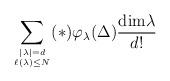
LaTeX: \begin{align*} \sum_{|\lambda|=d\atop \ell(\lambda)\le N} (*)\varphi_\lambda(\Delta) \frac{{\rm dim}\lambda}{d!}\end{align*}